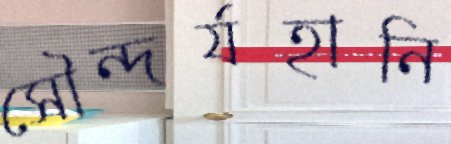
সৌন্দর্যহানি